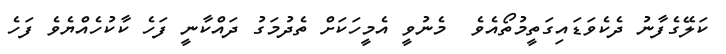
ކަލޭގެފާނު ދެކެވަޑައިގަތީމުތޯއެވެ  މެނުވީ އެމީހަކަށް ތެދުމަގު ދައްކާނީ ފަހެ ކާކުހެއްޔެވެ ފަހެ